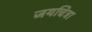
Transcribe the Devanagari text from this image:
जयचित्रा